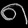
Digit: ၈